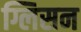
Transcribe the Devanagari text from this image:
ग्लिसन